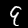
Digit: 9